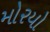
મોરયો